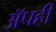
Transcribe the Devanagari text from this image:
अॅपही